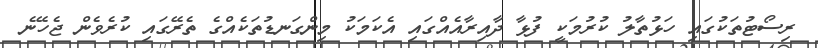
ރިސޯޓުތަކުގައި ހަޅުތާލު ކުރުމަކީ ފުޅާ ދާއިރާއެއްގައި އެކަމަކު މިންގަނޑުތަކެއްގެ ތެރޭގައި ކުރެވެން ޖެހޭނެ